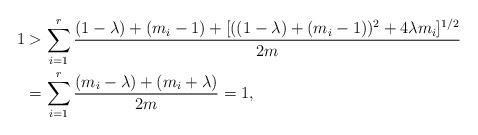
LaTeX: \begin{align*} 1 &> \sum_{i=1}^r \frac{(1-\lambda) + (m_i-1) + [((1-\lambda) + (m_i-1))^2 + 4\lambda m_i]^{1/2}}{2m} \\ &= \sum_{i=1}^r\frac{(m_i-\lambda)+(m_i+\lambda)}{2m} = 1,\end{align*}